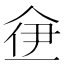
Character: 鿗